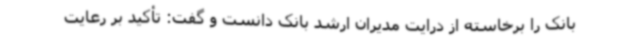
بانک را برخاسته از درایت مدیران ارشد بانک دانست و گفت: تأکید بر رعایت